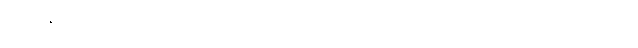
ပြုလုပ်နိုင်စွမ်းရှိရမည်ဟူသောယူဆချက် မှန်ကန်ပါမူကား အပင်သည် သတ္တဝါထက် ဦးစွာ ပေါ်သော